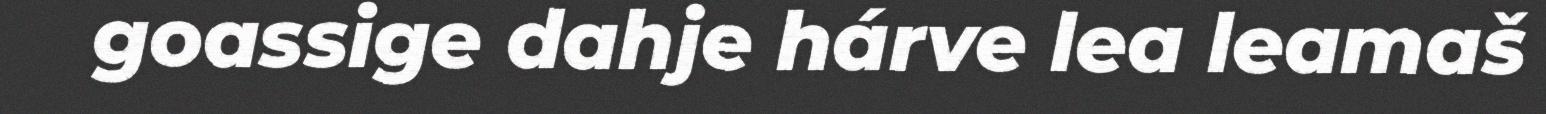
goassige dahje hárve lea leamaš